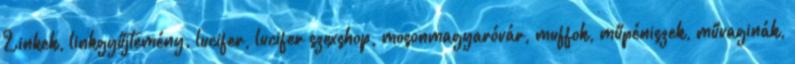
Linkek, linkgyűjtemény, lucifer, lucifer szexshop, mosonmagyaróvár, muffok, műpéniszek, művaginák,